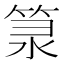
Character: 𥭼